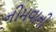
નીમવાની